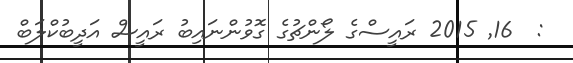
:  16